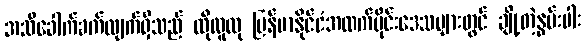
အသိခေါက်ခက်လျက်ရှိသည် ထိုလူထု မြန်မာနိုင်ငံအထက်ပိုင်းဒေသများတွင် ချို့တဲ့နွမ်းပါး